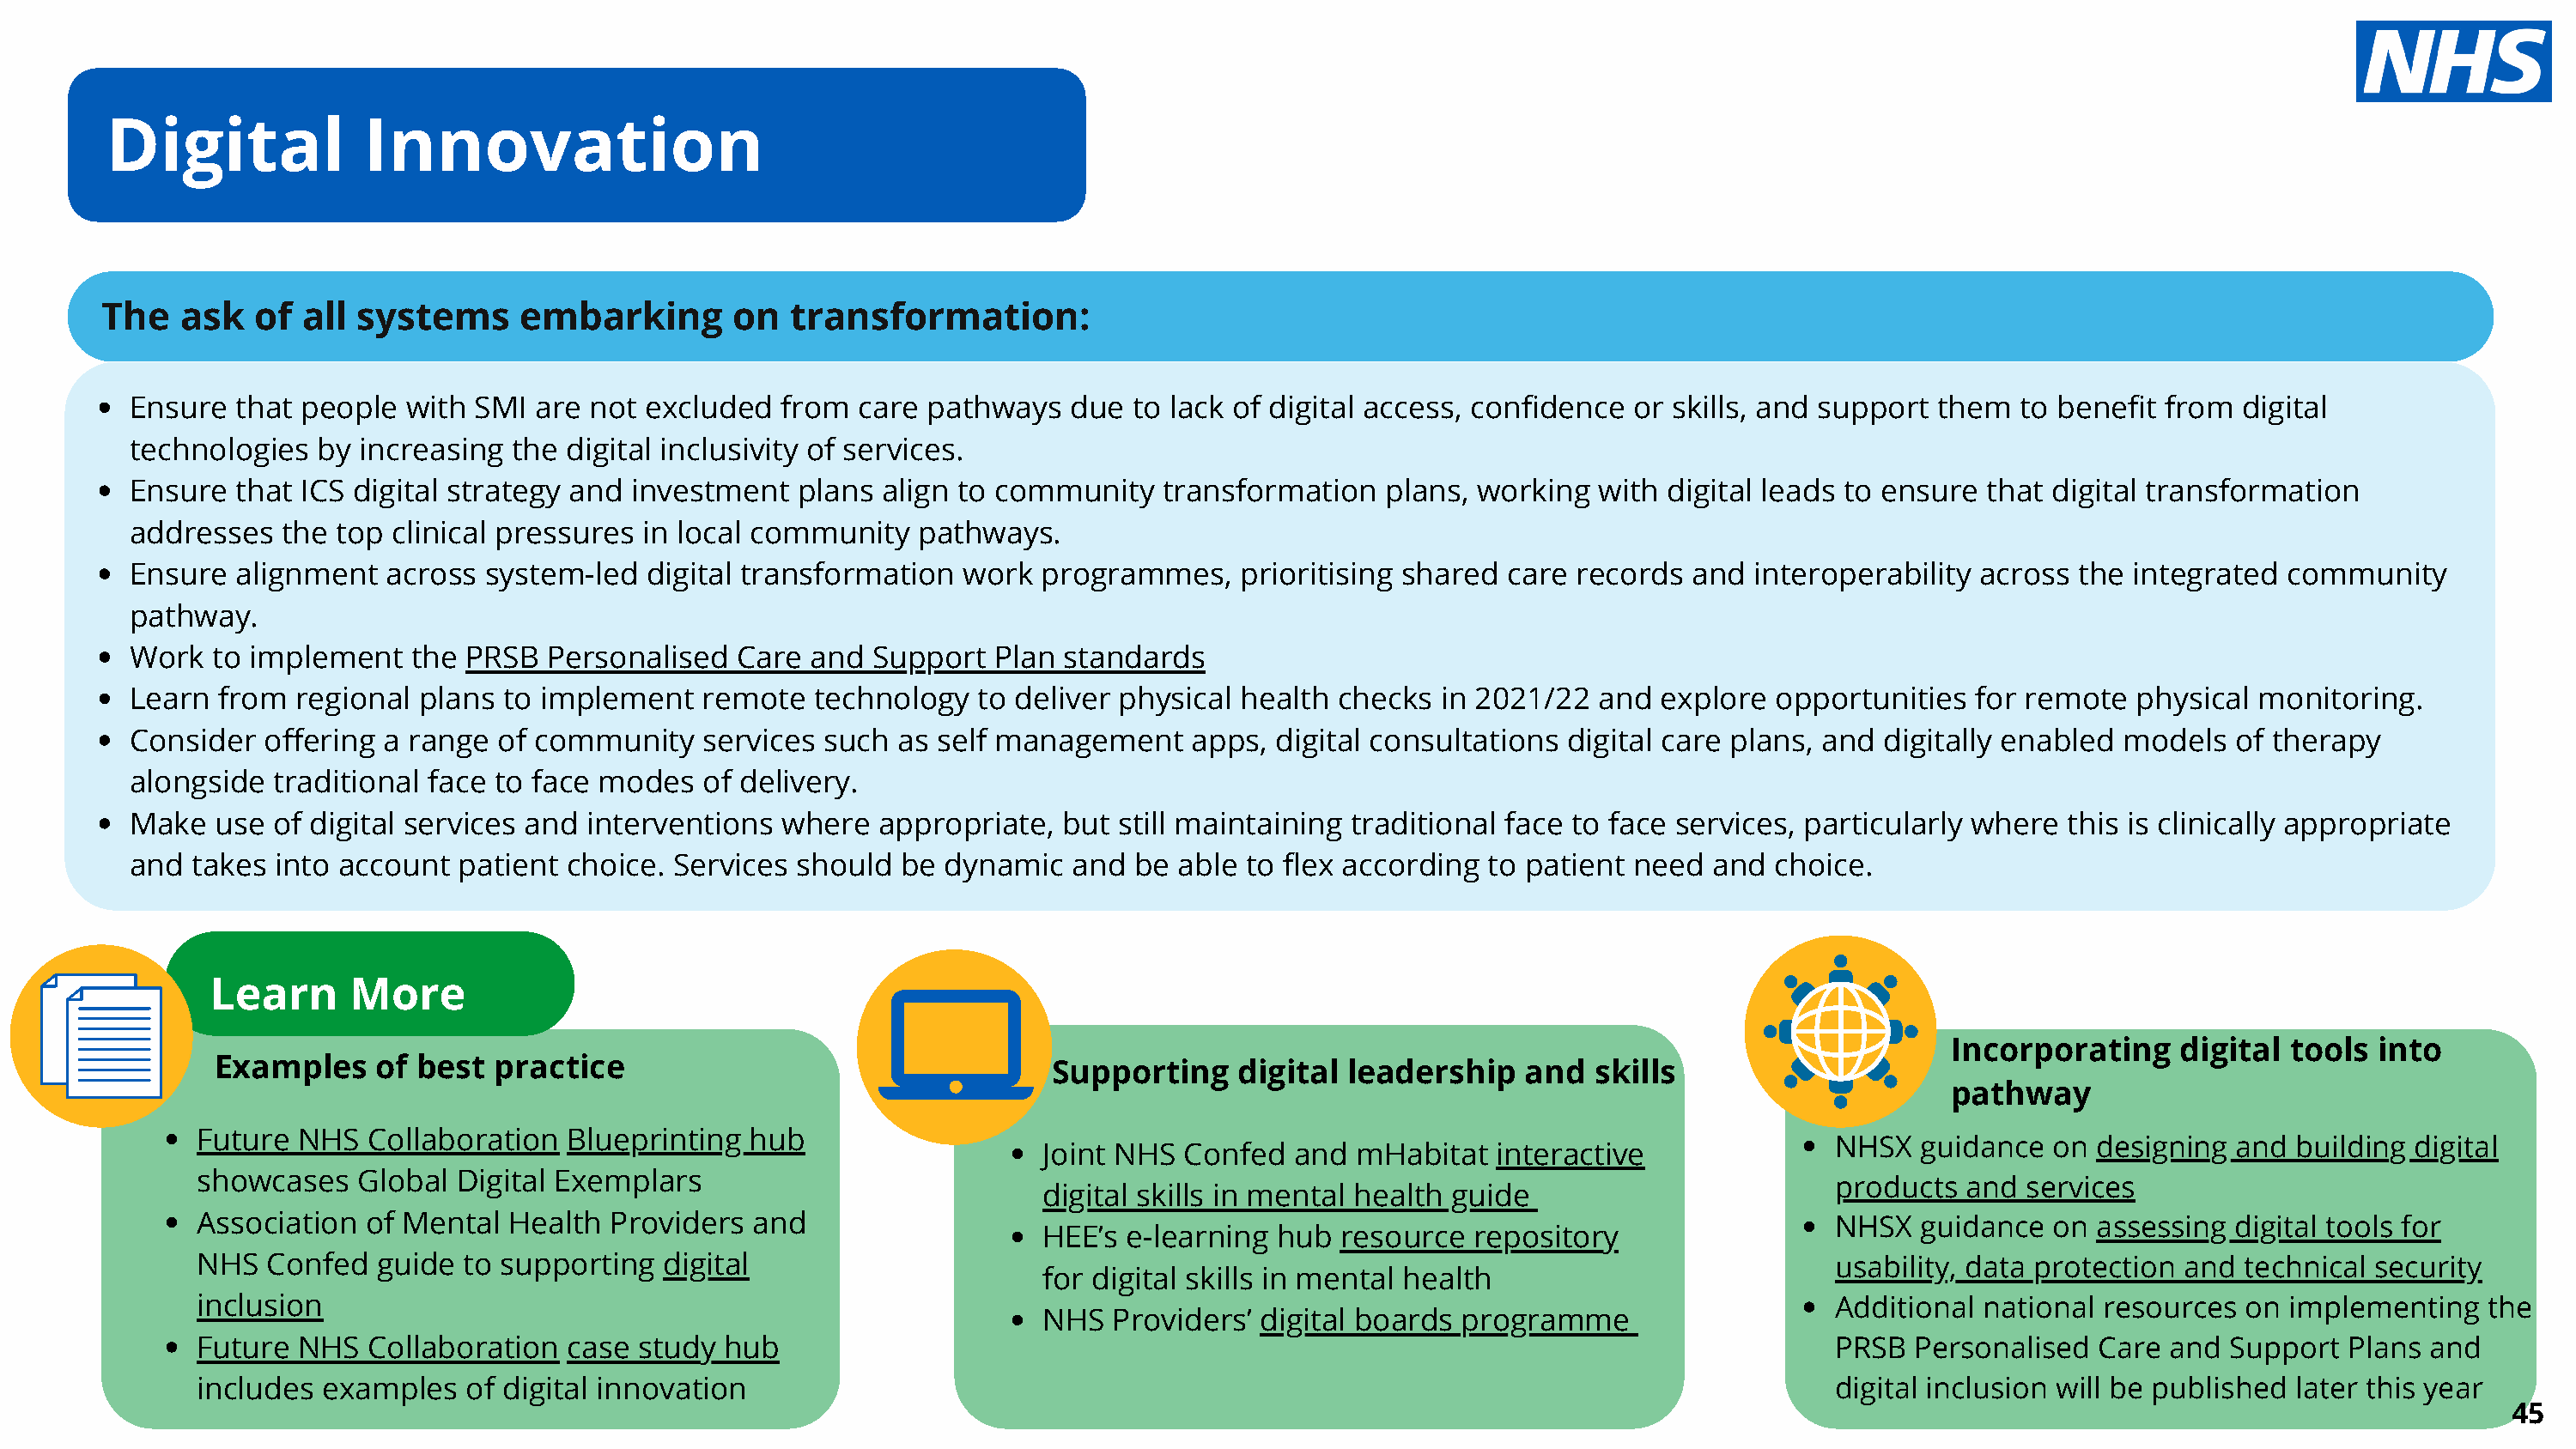
Digital             Innovation
 The   ask   of all  systems     embarking        on  transformation:
 Ensure  that people  with  SMI are not  excluded  from  care pathways   due  to lack of digital access, confidence  or skills, and support them   to benefit from  digital
 technologies  by  increasing the  digital inclusivity of services.
 Ensure  that ICS digital strategy and  investment  plans  align to community    transformation   plans, working  with  digital leads to ensure that digital transformation
 addresses   the top clinical pressures  in local community   pathways.
 Ensure  alignment   across system-led   digital transformation  work  programmes,     prioritising shared care records  and  interoperability  across the integrated  community
 pathway.
 Work  to implement    the PRSB  Personalised   Care and  Support   Plan standards
 Learn  from  regional plans  to implement   remote   technology  to deliver physical  health checks  in 2021/22  and  explore  opportunities  for remote   physical monitoring.
 Consider  offering  a range of community    services such  as self management     apps, digital consultations  digital care plans, and digitally enabled  models  of therapy
 alongside  traditional face to face modes   of delivery.
 Make   use of digital services and interventions  where   appropriate,  but still maintaining traditional face to face services, particularly where  this is clinically appropriate
 and  takes into account  patient  choice. Services should  be  dynamic   and be  able to flex according  to patient need  and  choice.
 Learn      More
 Incorporating     digital  tools into
 Examples    of best  practice                                   Supporting    digital  leadership    and  skills
 pathway
 Future  NHS  Collaboration   Blueprinting  hub
 NHSX  guidance  on  designing and  building digital
 Joint NHS  Confed   and  mHabitat  interactive
 showcases    Global Digital Exemplars
 products  and services
 digital skills in mental health guide
 Association  of Mental  Health  Providers  and                                                                                 NHSX  guidance  on  assessing digital tools for
 HEE’s  e-learning hub  resource   repository
 NHS   Confed  guide  to supporting  digital                                                                                    usability, data protection and technical security
 for digital skills in mental health
 inclusion                                                                                                                      Additional national resources  on  implementing   the
 NHS   Providers’ digital boards  programme
 Future  NHS  Collaboration   case study  hub                                                                                   PRSB  Personalised  Care and  Support  Plans and
 includes  examples   of digital innovation                                                                                     digital inclusion will be published later this year
 45